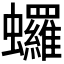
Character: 𬠻